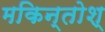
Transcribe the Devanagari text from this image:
मकिन्तोश्